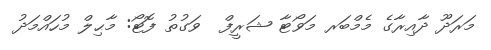
މަރަދޫ ދާއިރާގެ މެމްބަރ މަވޯޓާ ޝަރީފް  ވަގުތު ފޮޓޯ: މާޙިލް މުހައްމަދު